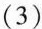
(3)